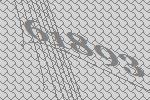
61893